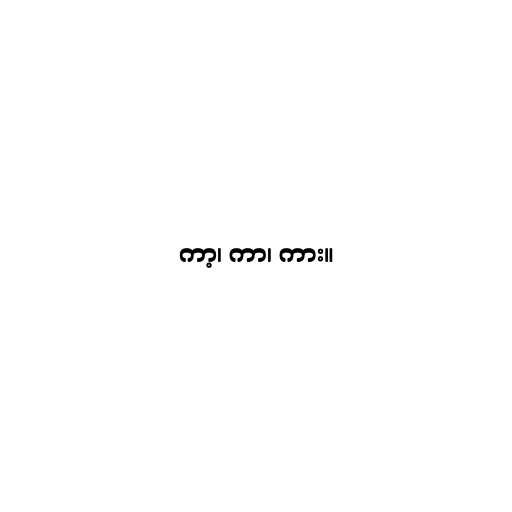
ကာ့၊ ကာ၊ ကား။